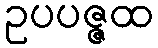
ဥပပဇ္ဇထ